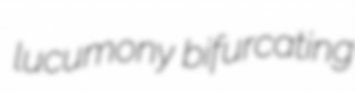
lucumony bifurcating